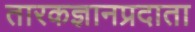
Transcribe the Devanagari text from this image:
तारकज्ञानप्रदाता